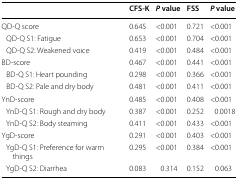
<table><thead><tr><td>[EMPTY_CELL]</td><td><b>CFS-K</b></td><td><b><i>P</i> value</b></td><td><b>FSS</b></td><td><b><i>P</i> value</b></td></tr></thead><tbody><tr><td>QD-Q score</td><td>0.645</td><td>&lt;0.001</td><td>0.721</td><td>&lt;0.001</td></tr><tr><td> QD-Q S1: Fatigue</td><td>0.653</td><td>&lt;0.001</td><td>0.704</td><td>&lt;0.001</td></tr><tr><td> QD-Q S2: Weakened voice</td><td>0.419</td><td>&lt;0.001</td><td>0.484</td><td>&lt;0.001</td></tr><tr><td>BD-score</td><td>0.467</td><td>&lt;0.001</td><td>0.441</td><td>&lt;0.001</td></tr><tr><td> BD-Q S1: Heart pounding</td><td>0.298</td><td>&lt;0.001</td><td>0.366</td><td>&lt;0.001</td></tr><tr><td> BD-Q S2: Pale and dry body</td><td>0.481</td><td>&lt;0.001</td><td>0.411</td><td>&lt;0.001</td></tr><tr><td>YnD-score</td><td>0.485</td><td>&lt;0.001</td><td>0.408</td><td>&lt;0.001</td></tr><tr><td> YnD-Q S1: Rough and dry body</td><td>0.387</td><td>&lt;0.001</td><td>0.252</td><td>0.0018</td></tr><tr><td> YnD-Q S2: Body steaming</td><td>0.411</td><td>&lt;0.001</td><td>0.433</td><td>&lt;0.001</td></tr><tr><td>YgD-score</td><td>0.291</td><td>&lt;0.001</td><td>0.403</td><td>&lt;0.001</td></tr><tr><td> YgD-Q S1: Preference for warm things</td><td>0.295</td><td>&lt;0.001</td><td>0.384</td><td>&lt;0.001</td></tr><tr><td> YgD-Q S2: Diarrhea</td><td>0.083</td><td>0.314</td><td>0.152</td><td>0.063</td></tr></tbody></table>